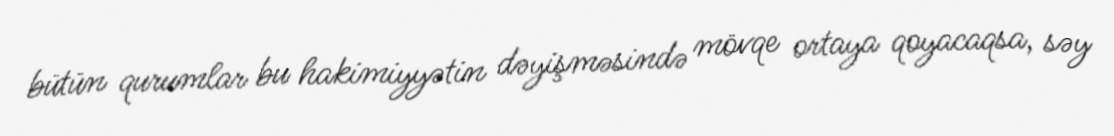
bütün qurumlar bu hakimiyyətin dəyişməsində mövqe ortaya qoyacaqsa, səy